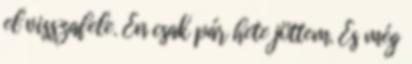
el visszafele. Én csak pár hete jöttem. És még